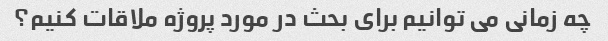
چه زمانی می توانیم برای بحث در مورد پروژه ملاقات کنیم؟